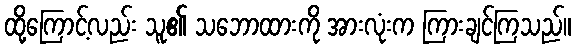
ထို့ကြောင့်လည်း သူ၏ သဘောထားကို အားလုံးက ကြားချင်ကြသည်။